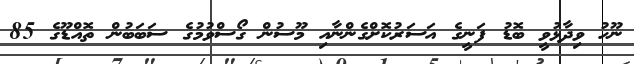
ނޫހު ވިދާޅުވީ ބޮޑު ފަނީގެ އަސަރުކޮށްގެންނާއި މޫސުން ގޯސްވުމުގެ ސަބަބުން ތޮއްޑޫގެ 85